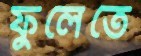
ফুলেতে